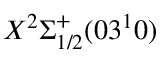
X ^ { 2 } \Sigma _ { 1 / 2 } ^ { + } ( 0 3 ^ { 1 } 0 )